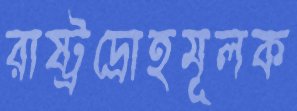
রাষ্ট্রদ্রোহমূলক